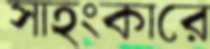
সাহংকারে